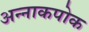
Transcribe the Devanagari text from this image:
अन्नाकपोक